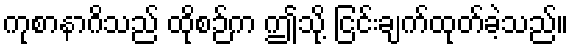
ကုစာနာဂိသည် ထိုစဉ်က ဤသို့ ငြင်းချက်ထုတ်ခဲ့သည်။